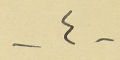
-٤-